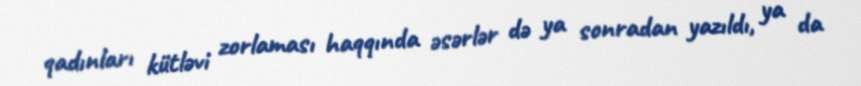
qadınları kütləvi zorlaması haqqında əsərlər də ya sonradan yazıldı, ya da